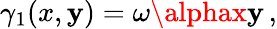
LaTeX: \gamma_{1}(x,\mathbf{y})=\omega\alphax\mathbf{y}\, ,